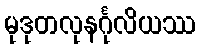
မုဒုတလုနင်္ဂုလိယဿ